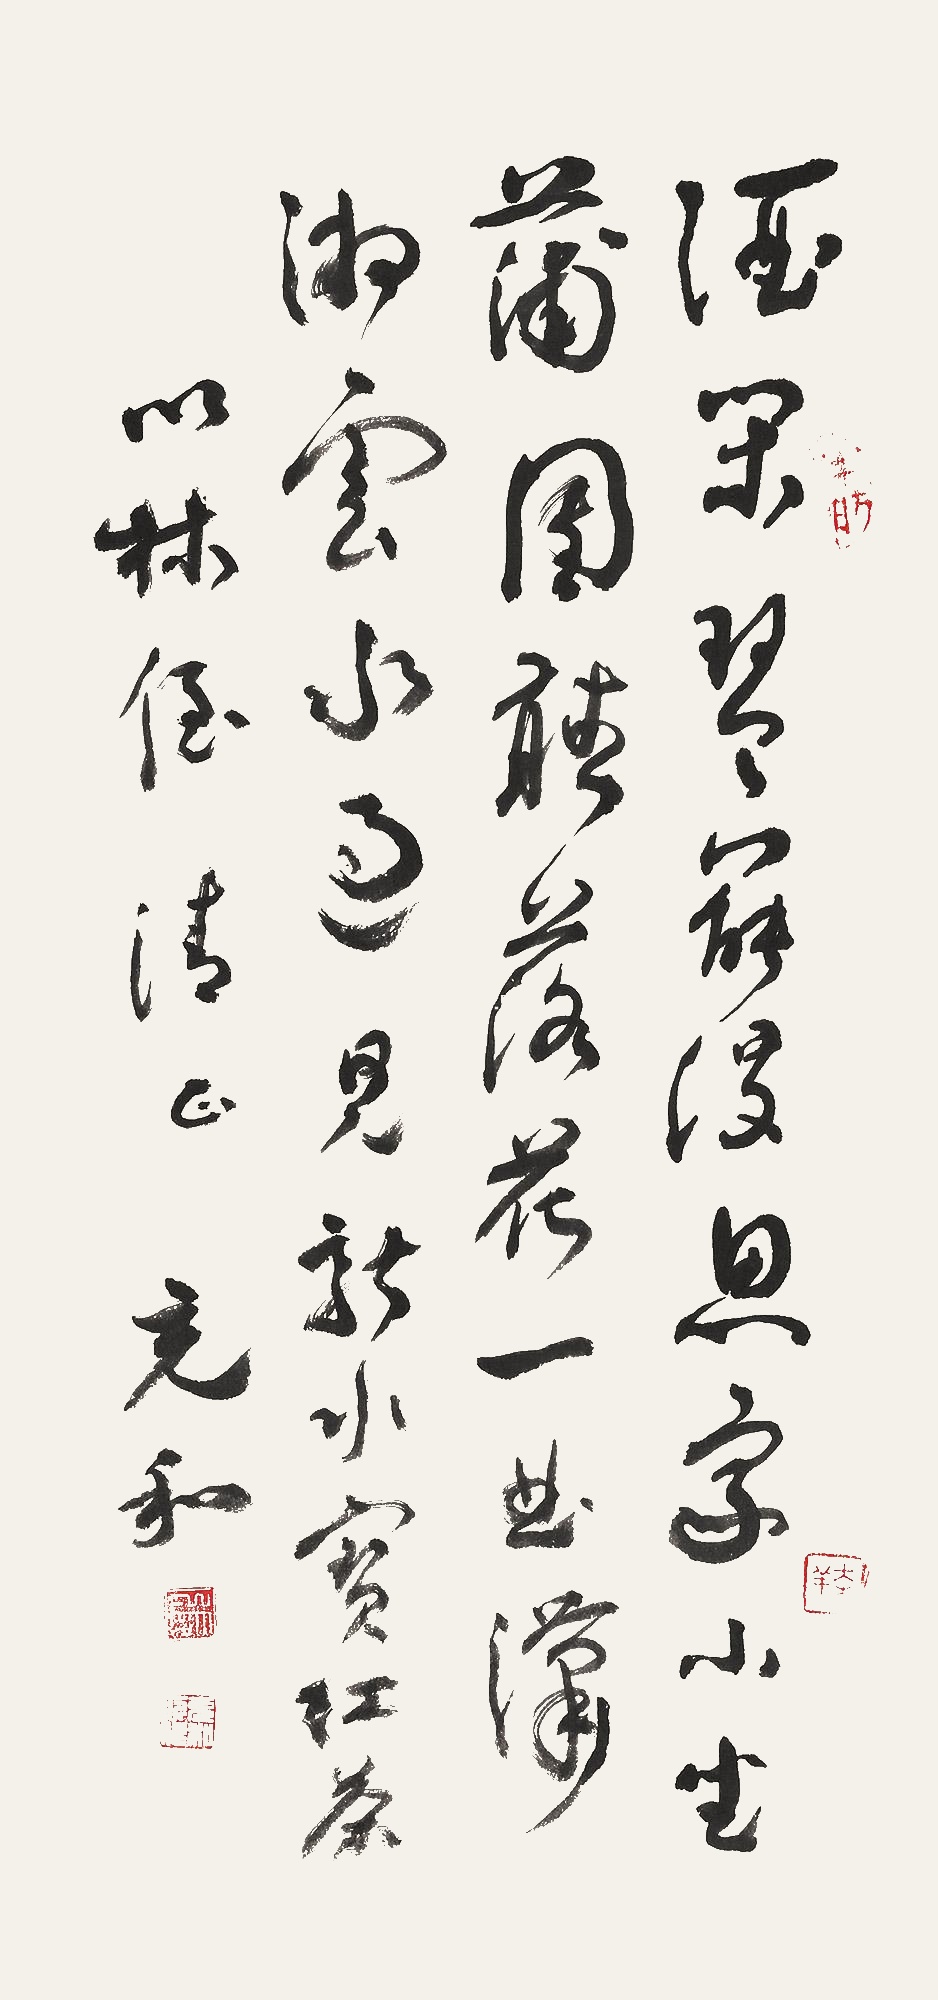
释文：酒阑琴罢漫思家，小坐蒲团听落花。一曲潇湘云水过，见龙新水宝红茶。云龙佛堂即事。以林侄清正，充和。